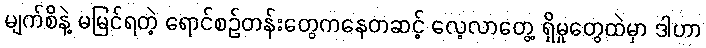
မျက်စိနဲ့ မမြင်ရတဲ့ ရောင်စဉ်တန်းတွေကနေတဆင့် လေ့လာတွေ့ ရှိမှုတွေထဲမှာ ဒါဟာ